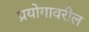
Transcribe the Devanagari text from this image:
प्रयोगावरील